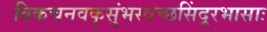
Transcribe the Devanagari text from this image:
विकचनवकुसुंभस्वच्छसिंदूरभासाः